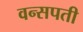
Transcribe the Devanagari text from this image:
वन्सपती